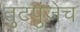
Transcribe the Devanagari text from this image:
तुटपुंजेच